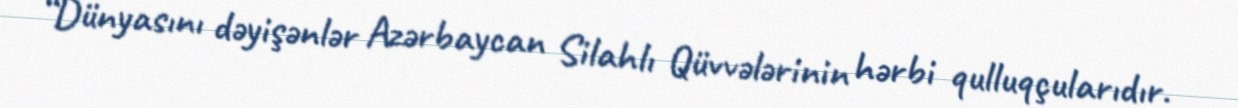
“Dünyasını dəyişənlər Azərbaycan Silahlı Qüvvələrinin hərbi qulluqçularıdır.